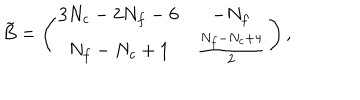
LaTeX: \tilde { B } = \left( \begin{matrix} { { 3 N _ { c } - 2 N _ { f } - 6 } } & { { - N _ { f } } } \\ { { N _ { f } - N _ { c } + 1 } } & { { { \frac { N _ { f } - N _ { c } + 4 } { 2 } } } } \\ \end{matrix} \right) ,